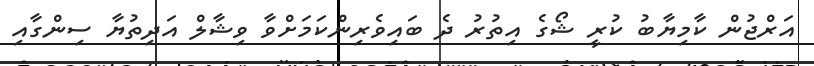
އަރްޖުން ކާމިޔާބު ކުރީ ޝޯގެ އިތުރު ދެ ބައިވެރިންކަމަށްވާ ވިޝާލް އަދިތުޔާ ސިންގާއި